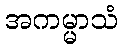
အကမ္မာသံ